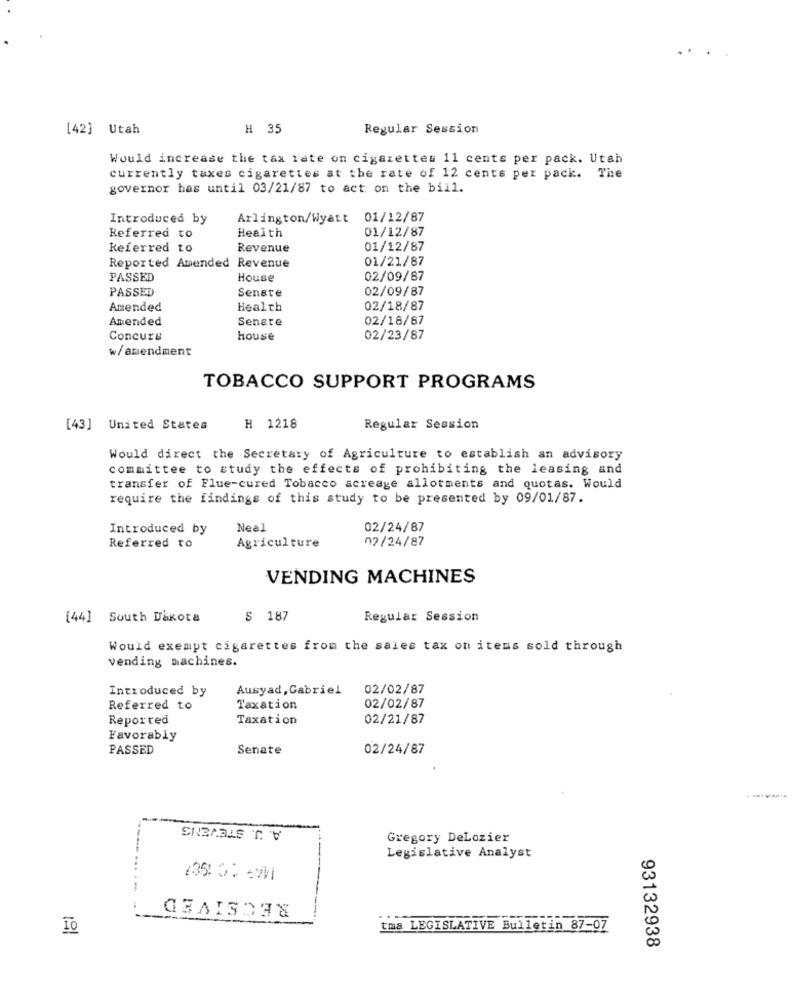
[42] Utah
# 35
Regular Session
Would increase the tax rate on cigarettes 11 cents per pack. Utah
currently taxes cigarettes at the rate of 12 cents per pack. The
governor has until 03/21/87 to act on the bill.
Introduced by
Arlington/Wyatt 01/12/87
Health
01/12/87
Referred to
Referred to
Revenue
01/12/87
01/21/87
Reported Amended Revenue
PASSED
House
02/09/87
PASSED
02/09/87
Senate
Amended
Health
02/18/87
Amended
Senate
02/18/87
Concurs
House
02/23/87
w/amendment
TOBACCO SUPPORT PROGRAMS
[43] United States
H 1218
Regular Session
Would direct the Secretary of Agriculture to establish an advisory
committee to study the effects of prohibiting the leasing and
transfer of Flue-cured Tobacco acreage allotments and quotas. Would
require the findings of this study to be presented by 09/01/87.
Introduced by
Neal
02/24/87
Agriculture
02/24/87
Referred to
VENDING MACHINES
[44] South Dakota
S 187
Regular Session
Would exempt cigarettes from the sales tax on items sold through
vending machines.
Introduced by
Ausyad, Gabriel
02/02/87
Referred to
Taxation
02/02/87
Reported
Taxation
02/21/87
Favorably
PASSED
Senate
02/24/87
A. J. STEVENS
Gregory DeLozier
Legislative Analyst
RECEIVED
tma LEGISLATIVE Bulletin 87-07
93132938